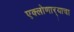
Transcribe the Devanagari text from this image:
एक्लोणार्‍याचा